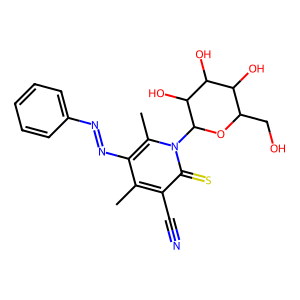
SMILES: Cc1c(N=Nc2ccccc2)c(C)n(C2OC(CO)C(O)C(O)C2O)c(=S)c1C#N
Inhibits HIV replication: No